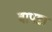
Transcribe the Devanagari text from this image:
वापडा